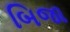
બિજા